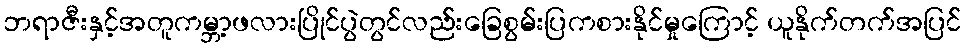
ဘရာဇီးနှင့်အတူကမ္ဘာ့ဖလားပြိုင်ပွဲတွင်လည်းခြေစွမ်းပြကစားနိုင်မှုကြောင့် ယူနိုက်တက်အပြင်